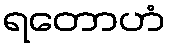
ရတောဟံ